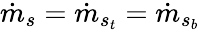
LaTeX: \dot{m}_{s}=\dot{m}_{s_{t}}=\dot{m}_{s_{b}}